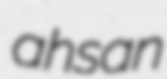
ahsan